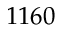
1 1 6 0